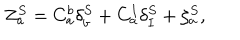
Z _ { a } ^ { S } = C _ { a } ^ { b } \delta _ { b } ^ { S } + C _ { a } ^ { I } \delta _ { I } ^ { S } + \zeta _ { a } ^ { S } ,